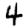
Digit: 4